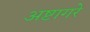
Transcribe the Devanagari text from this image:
अष्टागरे